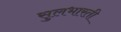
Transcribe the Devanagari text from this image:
सुलभारती